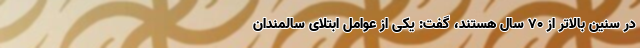
در سنین بالاتر از 70 سال هستند، گفت: یکی از عوامل ابتلای سالمندان